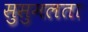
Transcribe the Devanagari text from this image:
सुसुमलता